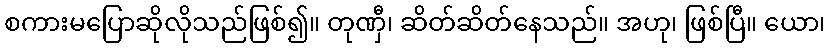
စကားမပြောဆိုလိုသည်ဖြစ်၍။ တုဏှီ၊ ဆိတ်ဆိတ်နေသည်။ အဟု၊ ဖြစ်ပြီ။ ယော၊